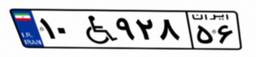
۹۰W۶۰۷۶۸